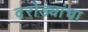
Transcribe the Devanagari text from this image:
दरोड्यांचा